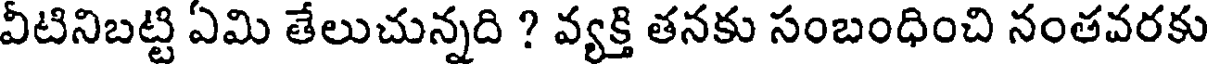
వీటినిబట్టి ఏమి తేలుచున్నది ? వ్యక్తి తనకు సంబంధించి నంతవరకు